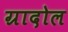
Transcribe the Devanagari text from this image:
ग्रादोल